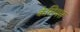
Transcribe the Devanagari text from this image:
केसियस